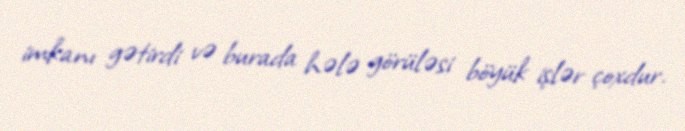
imkanı gətirdi və burada hələ görüləsi böyük işlər çoxdur.